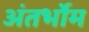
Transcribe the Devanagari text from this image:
अंतर्भोम